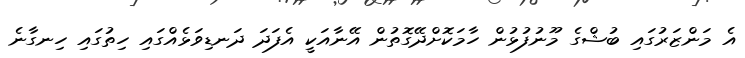
އެ މަންޒަރުގައި ބުޝްގެ މޫނުފުޅުން ހާމަކޮށްދޭގޮތުން އޭނާއަކީ އެފަދަ ދަނޑިވަޅެއްގައި ހިތުގައި ހިނގާނެ